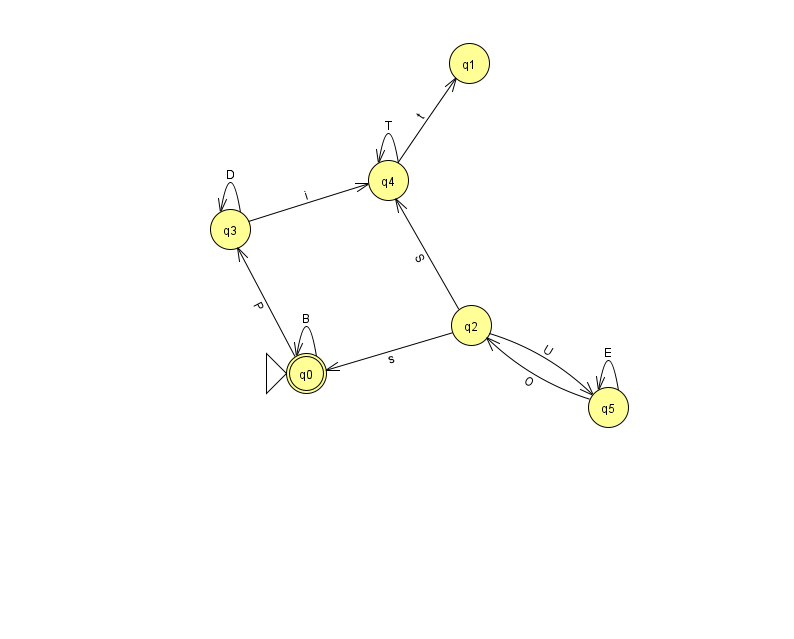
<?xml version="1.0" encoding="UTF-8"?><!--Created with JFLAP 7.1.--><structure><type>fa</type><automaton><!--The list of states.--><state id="0" name="q0"><x>306.0</x><y>360.0</y><initial/><final/></state><state id="1" name="q1"><x>469.0</x><y>50.0</y></state><state id="2" name="q2"><x>471.0</x><y>312.0</y></state><state id="3" name="q3"><x>230.0</x><y>216.0</y></state><state id="4" name="q4"><x>388.0</x><y>167.0</y></state><state id="5" name="q5"><x>608.0</x><y>394.0</y></state><!--The list of transitions.--><transition><from>0</from><to>0</to><read>B</read></transition><transition><from>2</from><to>0</to><read>s</read></transition><transition><from>4</from><to>1</to><read>t</read></transition><transition><from>2</from><to>4</to><read>S</read></transition><transition><from>3</from><to>3</to><read>D</read></transition><transition><from>4</from><to>4</to><read>T</read></transition><transition><from>5</from><to>5</to><read>E</read></transition><transition><from>0</from><to>3</to><read>P</read></transition><transition><from>5</from><to>2</to><read>O</read></transition><transition><from>3</from><to>4</to><read>i</read></transition><transition><from>2</from><to>5</to><read>U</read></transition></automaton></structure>